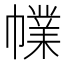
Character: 㡤